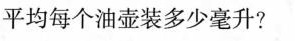
平均每个油壶装多少毫升?